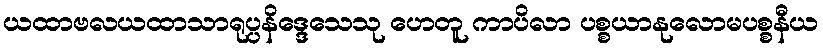
ယထာဗလယထာသာရုပ္ပနိဒ္ဒေသေသု ဟေတူ ကာပိလာ ပစ္စယာနုလောမပစ္စနီယ